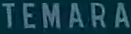
TEMARA